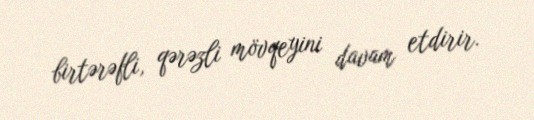
birtərəfli, qərəzli mövqeyini davam etdirir.